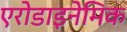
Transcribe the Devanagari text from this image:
एरोडाइनेमिक